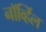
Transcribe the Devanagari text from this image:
नॉर्व्हिल